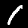
Digit: 1